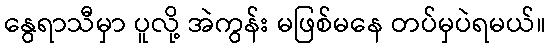
နွေရာသီမှာ ပူလို့ အဲကွန်း မဖြစ်မနေ တပ်မှပဲရမယ်။